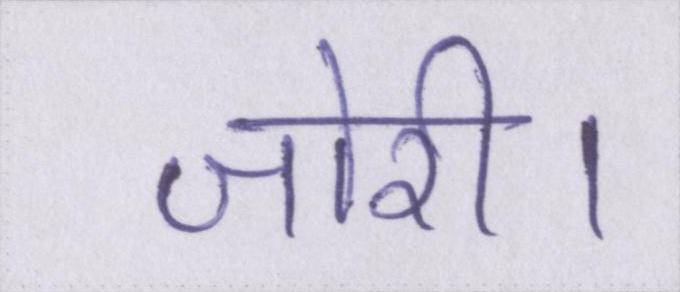
जोरी।